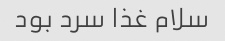
سلام غذا سرد بود